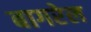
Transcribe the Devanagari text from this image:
बागरेल